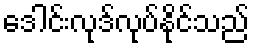
ဒေါင်းလုဒ်လုပ်နိုင်သည်